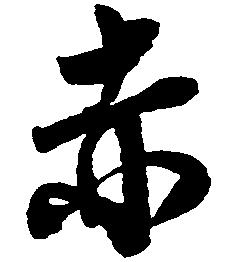
赤